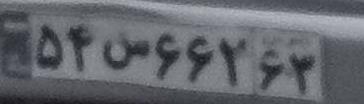
۵۴س۶۶۲۶۳